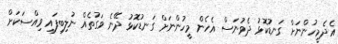
އެދެމީހުންނަށް ގަނޑުކޮޅު ދެވުނަސް އެހެން މީހުންނަށް ގަނޑުކޮޅު ދޭނެ ވަގުތެއް ނުލިބިފައި ވިއްސަކަށް